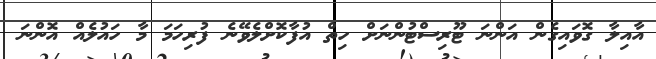
އާއިލާ ގޮވައިގެން އަންނަ ޓޫރިސްޓުންނަށް ހިތް އުފާކޮށްލެވޭނެ ފުރިހަމަ މާ ހައުލެއް އޮންނަ